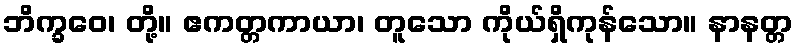
ဘိက္ခဝေ၊ တို့။ ဧကတ္တကာယာ၊ တူသော ကိုယ်ရှိကုန်သော။ နာနတ္တ